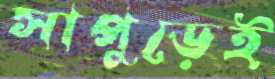
সাপুড়েই